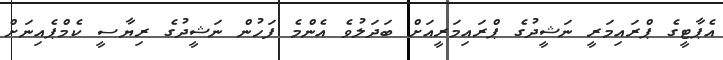
އެޕާޓީގެ ޕްރައިމަރީ ނަޝީދުގެ ޕްރައިމަރީއަށް ބަދަލުވެ އެންމެ ފަހުން ނަޝީދުގެ ރިޔާސީ ކެމްޕެއިނަށް